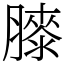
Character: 𦡀